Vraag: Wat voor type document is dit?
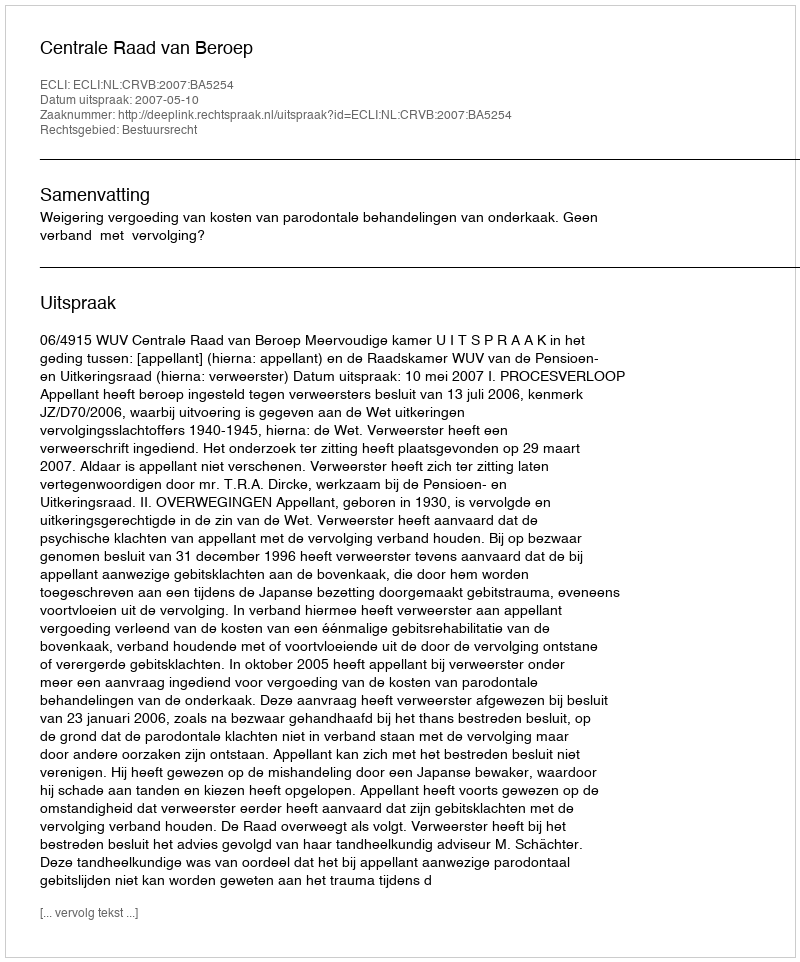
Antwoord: Uitspraak